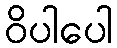
ဝိပါပေါ